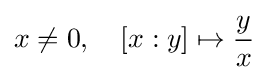
x\neq 0,\quad [x:y]\mapsto {\frac {y}{x}}